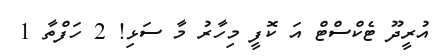
އުރީދޫ ޓެކްސްޓް އަ ކޮފީ މިހާރު މާ ސަޅި! 2 ހަފްތާ 1